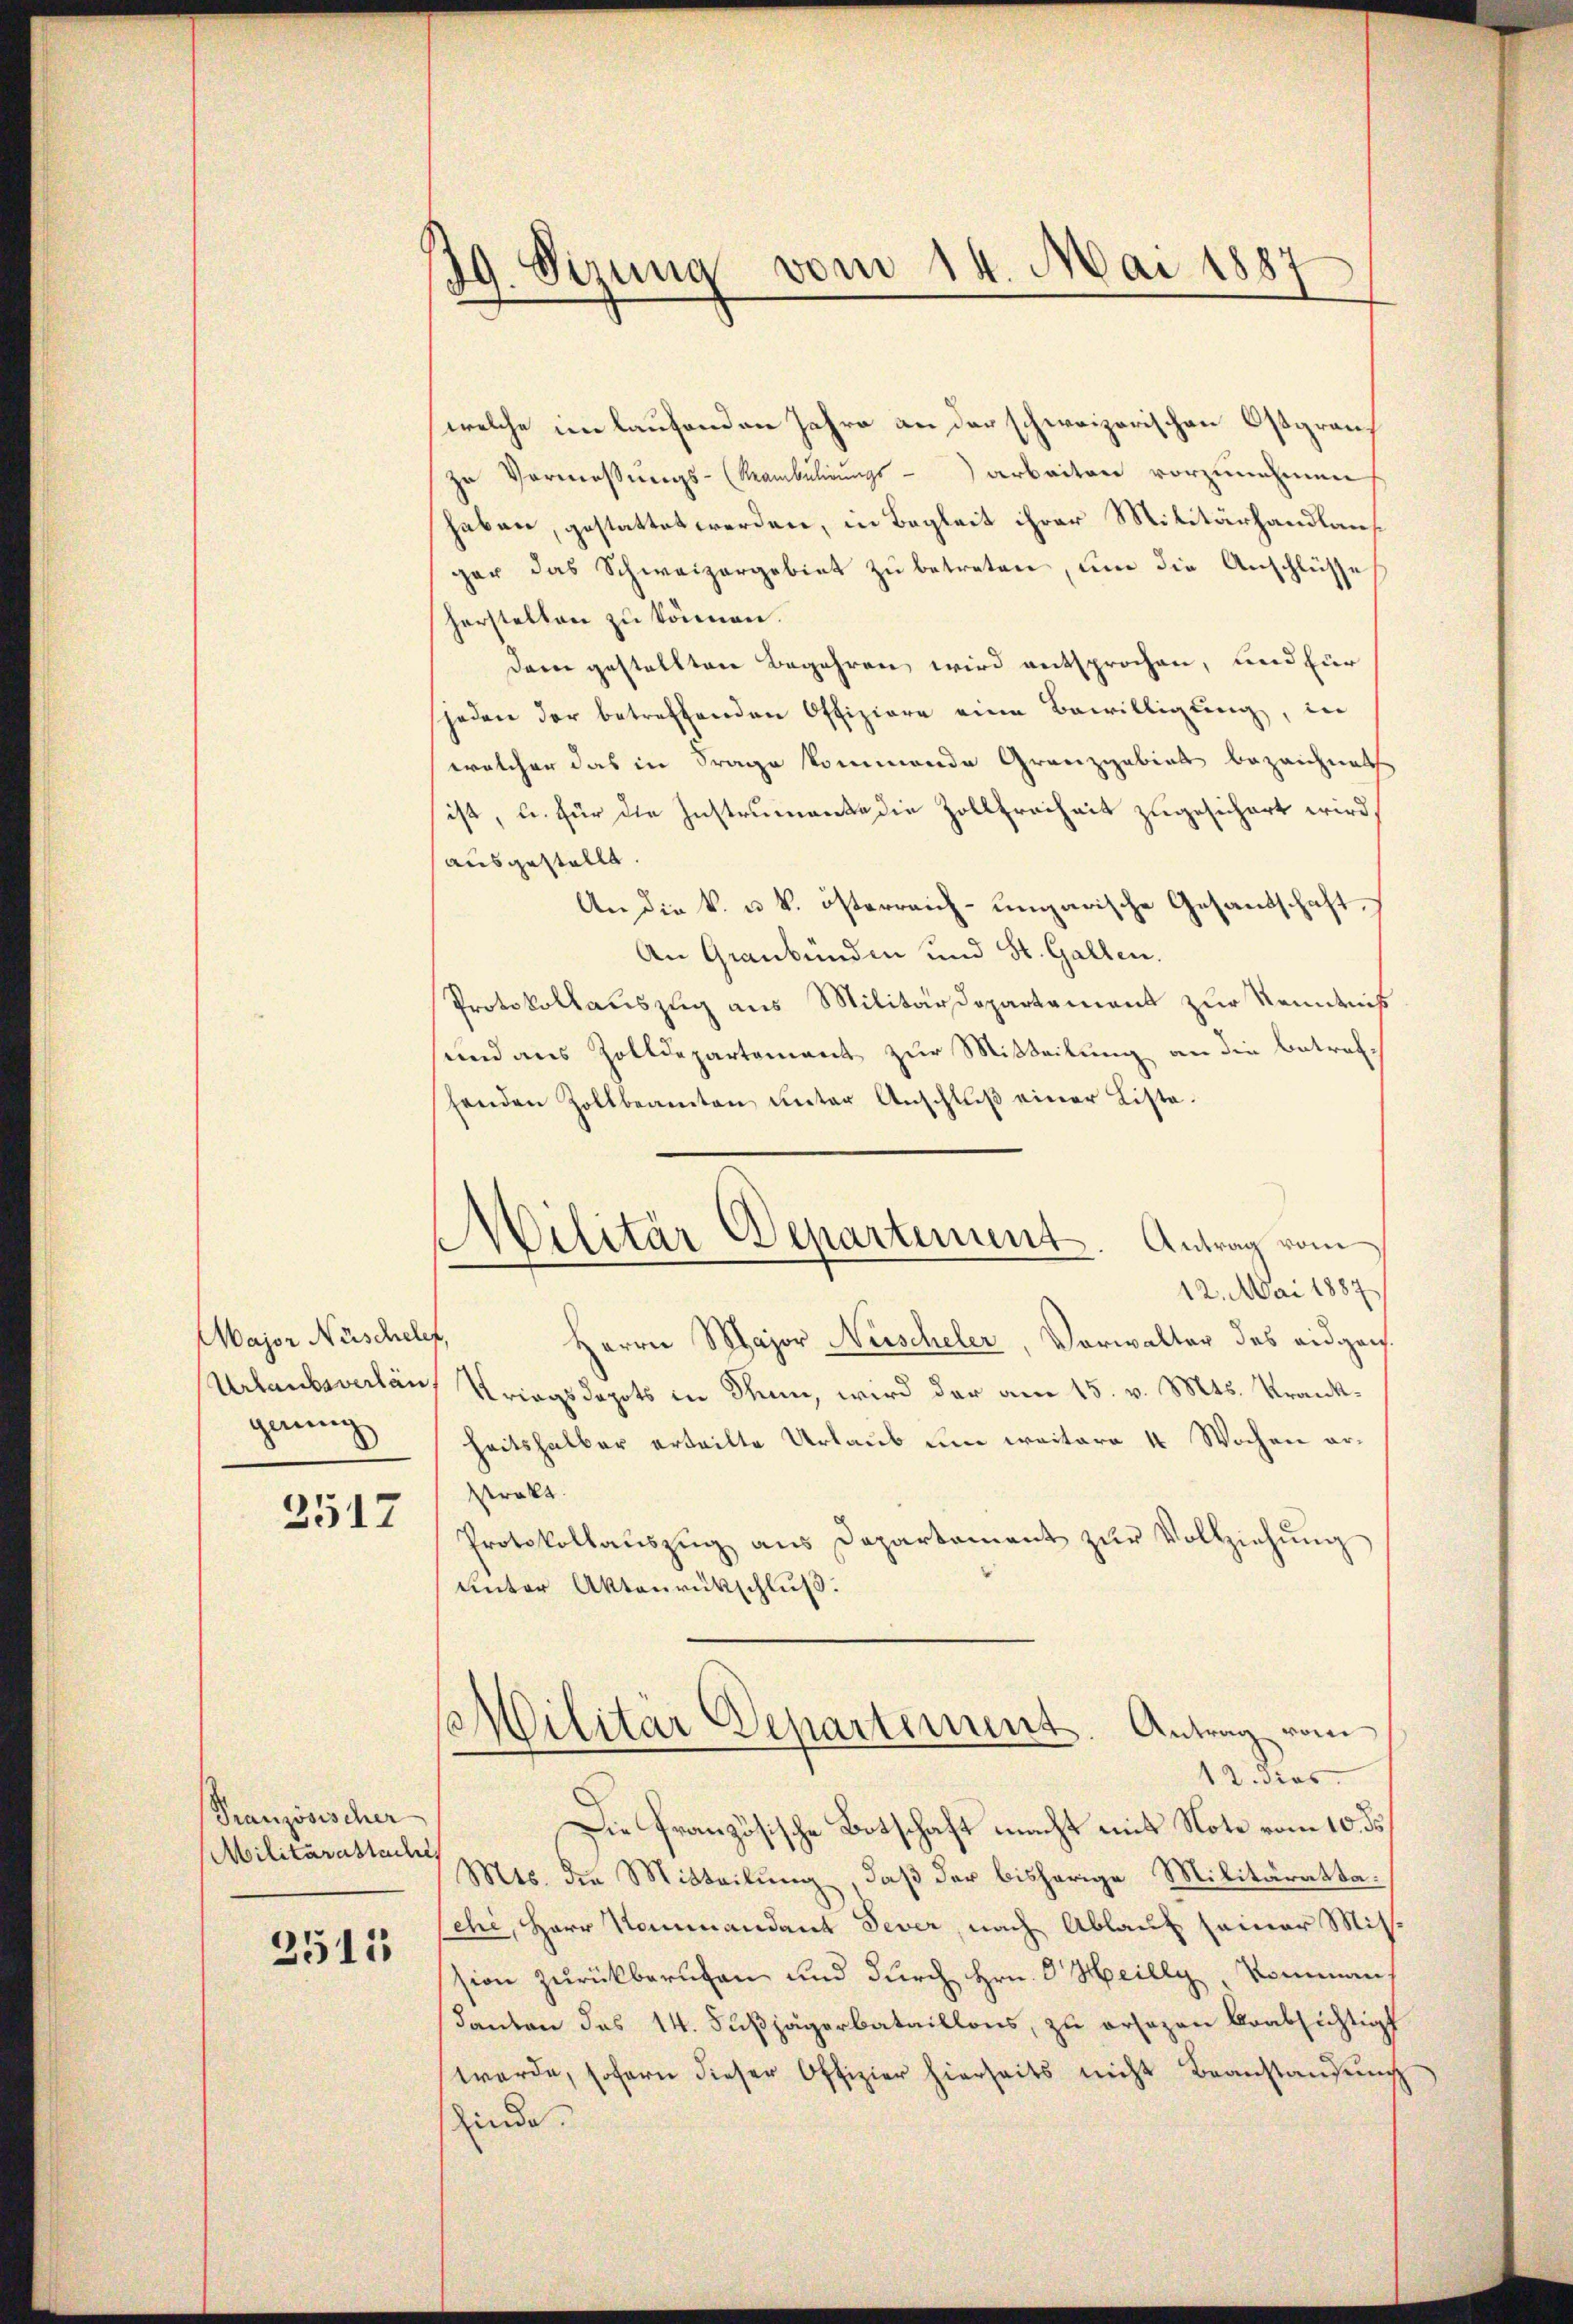
Major Nüschelf,
Urlaubsverlängenug

3517

Französischer
Militärattache
2511

49 Sirung vom 14. Mai 1887

welche im laufenden Jahre an der schweizerischen Ostgrauf
zu Vormessungs-Ranbulirungs- arbeiten vorzunehmen
haben, gestattet werden, in Begleit ihrer Militärhandlausgar das Schweizergebiet zu betreten, um die Anschlüsse
herstellen zu können.
Dem gestellten Begehren wird entsprochen, und für
jeden der betreffenden Offiziere eine Bewilligung, in
welcher das in Frage kommende Granzgebiet bezeichnet
sist, u. für die Instrumente die Zollfreiheit zugesichert wird,
ausgestellt.
An die k. u. k. österreich-ungarische Gesandschaft,
An Graubünden und St. Gallen.
Protokollauszug aus Militärdepartement zur Kenntniß
sund aus Zolldepartement zur Mitteilung an die betrefsenden Zollbeamten unter Anschluß einer Liste¬
Herrn Major Nerscheler, Vorwalter des eidgen.
Kriegsdepots in Thun, wird der am 15. v. Mts. Krankheitshalber erteilte Urlaub um weitere 4 Wochen ar¬
Prakt
Protokollaŭszŭg ans Departament zŭr Vollziehung
unter Aktenrückschluß:
so Militär Departement. Antrag vom
12. Jos.
Die französische Botschaft macht mit Note vom 10. de
Mts. die Mitteilung, daß der bisherige Militäratta.
sehe, Herr Kommandant Sever, nach Ablauf seiner Mitsion zurückberufen und durch Hrn. O Heilly, Komman
Kanton das 14. Fußjägerbataillons, zu ersezen beabsichtig
werde, sofern dieser Offizier hierseits nicht Beanstandŭng
sfinde

Militär Departement. Antrag vom
12. Mai 1887